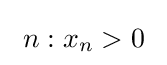
\ n:x_{n}>0~